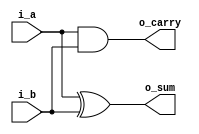
`timescale 1ns/1ps
/////////////////////////////////////////////////////////
////// HALF ADDDER
/////////////////////////////////////////////////////////
module half_adder( i_a, i_b, o_sum, o_carry );

input	 i_a, i_b;
output o_sum, o_carry;

assign o_sum = i_a^i_b;
assign o_carry = i_a & i_b; 

endmodule
/////////////////////////////////////////////////////////
////// FULL ADDDER
/////////////////////////////////////////////////////////
module full_adder( i_a, i_b, i_carry, o_sum, o_carry );

input 	i_a, i_b, i_carry;
output 	o_sum, o_carry;

wire 		half_sum, half_carry1, half_carry2;

half_adder half_adder_inst1(.i_a    ( i_a ),
								    .i_b    ( i_b ),
									 .o_sum  ( half_sum ),
									 .o_carry( half_carry1 )
									);
									
half_adder half_adder_inst2(.i_a    ( half_sum ),
									 .i_b    ( i_carry ),
									 .o_sum  ( o_sum ),
									 .o_carry( half_carry2 )
									);		
assign o_carry = half_carry1 | half_carry2;							
									
endmodule
/////////////////////////////////////////////////////////
////// PARAMETRIC ADDER (WIDTH = 4)
/////////////////////////////////////////////////////////
module adder_4bit ( i_a, i_b, i_carry, o_sum, o_carry );

parameter WIDTH = 4;

input  	[WIDTH-1:0] i_a, i_b;
input  				         i_carry;
output 	[WIDTH-1:0] o_sum;
output 				         o_carry;

wire 		[WIDTH-1:0]	carry;

genvar i;

generate
	for( i = 0; i < WIDTH; i = i + 1 )begin: ADDER
		if( i == 0 ) 
					full_adder full_adder (.i_a		( i_a[i] ),
												  .i_b		( i_b[i] ),
												  .i_carry	( i_carry ),
												  .o_sum    ( o_sum[i] ),
												  .o_carry	( carry[i] )
												 );
		 else if( i == (WIDTH-1) ) 
					full_adder full_adder (.i_a		( i_a[i] ),
												  .i_b		( i_b[i] ),
												  .i_carry	( carry[i-1] ),
												  .o_sum    ( o_sum[i] ),
												  .o_carry	( o_carry )
												  );
		else 
					full_adder full_adder (.i_a		( i_a[i] ),
												  .i_b		( i_b[i] ),
												  .i_carry	( carry[i-1] ),
												  .o_sum    ( o_sum[i] ),
												  .o_carry	( carry[i] )
												 );
				
		end
endgenerate
endmodule
/////////////////////////////////////////////////////////
////// PARAMETRIC MULTIPLIER (WIDTH = 4)
/////////////////////////////////////////////////////////
module multiplier( i_var1, i_var2, o_mult );

parameter WIDTH = 4;

input  [WIDTH-1:0]			  i_var1, i_var2;
output [2*WIDTH-1:0] 		  o_mult;

wire	 [WIDTH*WIDTH-1:0]and_mass;
wire	 [(WIDTH-1)*WIDTH-1:0]carry_mass;	
wire  [(WIDTH-1)*WIDTH-1:0]sum_mass;

genvar i ,j;

generate
	for( i = 0; i < WIDTH; i = i + 1)begin:horizontal
		for( j = 0; j < WIDTH; j = j + 1) begin:vertical
			assign and_mass[i*(WIDTH)+j] = i_var1[i] & i_var2[j];
		end
	end
endgenerate

generate
	for( j = 0; j < WIDTH; j = j + 1)begin:horizontal1
		for( i = 0; i < WIDTH-1; i = i + 1) begin:vertical1  
		  if( j == 0 )
				full_adder full_adder_inst (.i_a		( and_mass[(i+1)*(WIDTH)+j] ), //////////// 1 
											              .i_b		     ( and_mass[i*(WIDTH)+j+1] ),
											              .i_carry	  ( 1'b0 ),
											              .o_sum     ( sum_mass[i*(WIDTH)+j] ),
											              .o_carry	  ( carry_mass[i*(WIDTH)+j] )
											             );
											 
			else if ( ( i == ( WIDTH - 2 ) ) && ( j < ( WIDTH -1 ) ) )
			  full_adder full_adder_inst (.i_a		     ( and_mass[(i+1)*(WIDTH)+j] ),
											              .i_b		     ( and_mass[i*(WIDTH)+j+1] ),
					                  						  .i_carry	  ( carry_mass[i*(WIDTH)+j-1] ),
											              .o_sum     ( sum_mass[i*(WIDTH)+j] ),
											              .o_carry	  ( carry_mass[i*(WIDTH)+j] )
											              );	
			else if( ( i < ( WIDTH - 2 ) ) &&  ( j < ( WIDTH -1 ) ) )                         //////////// 2 
				full_adder full_adder_inst (.i_a	     	( and_mass[i*(WIDTH)+j+1] ),
											              .i_b		     ( carry_mass[i*(WIDTH)+j-1] ),
											              .i_carry	  ( sum_mass[(i+1)*(WIDTH)+j-1] ),
											              .o_sum     ( sum_mass[i*(WIDTH)+j] ),
										                .o_carry	  ( carry_mass[i*(WIDTH)+j] )
										               );	 
			else if ( ( i == 0 ) && ( j == ( WIDTH -1 ) ) )                         //////////// 2 
				full_adder full_adder_inst (.i_a	     	( carry_mass[i*(WIDTH)+j-1] ),
											              .i_b		     ( sum_mass[(i+1)*(WIDTH)+j-1] ),
											              .i_carry	  ( 1'b0 ),
											              .o_sum     ( sum_mass[i*(WIDTH)+j] ),
										                .o_carry	  ( carry_mass[i*(WIDTH)+j] )
										               );	 	
										               
										               /////////////////
			else if ( ( i < ( WIDTH - 2 ) ) && ( j == ( WIDTH -1 ) ) ) 
				full_adder full_adder_inst (.i_a	     	( carry_mass[(i-1)*(WIDTH)+j] ),
											              .i_b		     ( sum_mass[(i+1)*(WIDTH)+j-1] ),
											              .i_carry	  ( carry_mass[i*(WIDTH)+j-1] ),
											              .o_sum     ( sum_mass[i*(WIDTH)+j] ),
										                .o_carry	  ( carry_mass[i*(WIDTH)+j] )
										               );							               
										               ///////////////////
										               
			else if ( ( i == ( WIDTH - 2 ) ) && ( j == ( WIDTH -1 ) ) ) 
				full_adder full_adder_inst (.i_a	     	( and_mass[(i+1)*(WIDTH)+j] ),
											              .i_b		     ( carry_mass[i*(WIDTH)+j-1] ),
											              .i_carry	  ( carry_mass[(i-1)*(WIDTH)+j] ),
											              .o_sum     ( sum_mass[i*(WIDTH)+j] ),
										                .o_carry	  ( carry_mass[i*(WIDTH)+j] )
										               );							               						               						              
			end
	end
endgenerate
assign o_mult[0] = and_mass[0];
generate
	for( j = 0; j < WIDTH; j = j + 1)begin:horizontal2
		for( i = 0; i < WIDTH-1; i = i + 1) begin:vertical2  
			if( ( i == 0) || ( j == ( WIDTH - 1 ) ) )
				assign o_mult[i+j+1] = sum_mass[i*(WIDTH)+j];
		end
	end
	assign o_mult[2*WIDTH-1] = carry_mass[(WIDTH-1)*(WIDTH)-1];	
endgenerate

endmodule